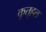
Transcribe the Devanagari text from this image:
कूतूहल